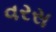
વરસ